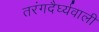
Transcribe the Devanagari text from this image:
तरंगदैर्घ्यवाली